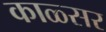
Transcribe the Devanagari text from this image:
काळ्सर